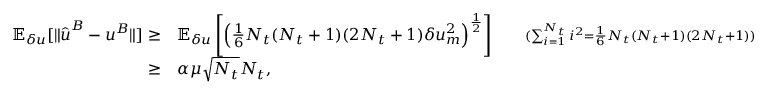
\begin{array} { r l r } { \mathbb { E } _ { \delta u } [ \| \hat { \boldsymbol { u } } ^ { B } - \boldsymbol { u } ^ { B } \| ] \ge } & { \mathbb { E } _ { \delta u } \left[ \left( \frac { 1 } { 6 } N _ { t } ( N _ { t } + 1 ) ( 2 N _ { t } + 1 ) \delta u _ { m } ^ { 2 } \right) ^ { \frac { 1 } { 2 } } \right] } & { \quad { \scriptstyle ( \sum _ { i = 1 } ^ { N _ { t } } i ^ { 2 } = \frac { 1 } { 6 } N _ { t } ( N _ { t } + 1 ) ( 2 N _ { t } + 1 ) ) } } \\ { \ge } & { \alpha \mu \sqrt { N _ { t } } N _ { t } , } \end{array}